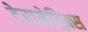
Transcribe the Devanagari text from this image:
टेरामेट्रिक्स